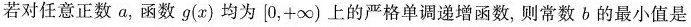
若对任意正数a，函数g(x)均为(0，+∞)上的严格单调递增函数，则常数b的最小值是